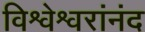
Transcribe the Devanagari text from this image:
विश्वेश्वरांनंद